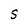
Character: 5